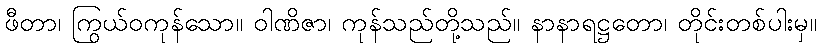
ဖီတာ၊ ကြွယ်ဝကုန်သော။ ဝါဏိဇာ၊ ကုန်သည်တို့သည်။ နာနာရဋ္ဌတော၊ တိုင်းတစ်ပါးမှ။